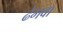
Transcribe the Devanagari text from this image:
ढेमवा